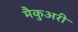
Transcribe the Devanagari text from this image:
मैकुअरी